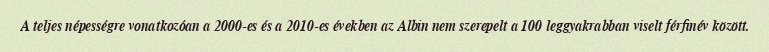
A teljes népességre vonatkozóan a 2000-es és a 2010-es években az Albin nem szerepelt a 100 leggyakrabban viselt férfinév között.